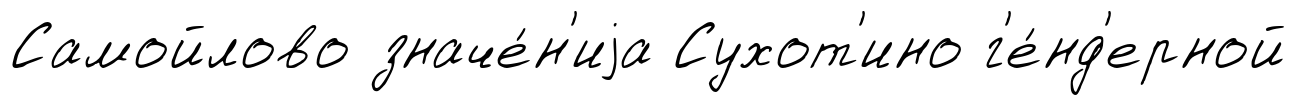
Самойлово значе́н'иjа Сухот'ино г'е́нд'ерной